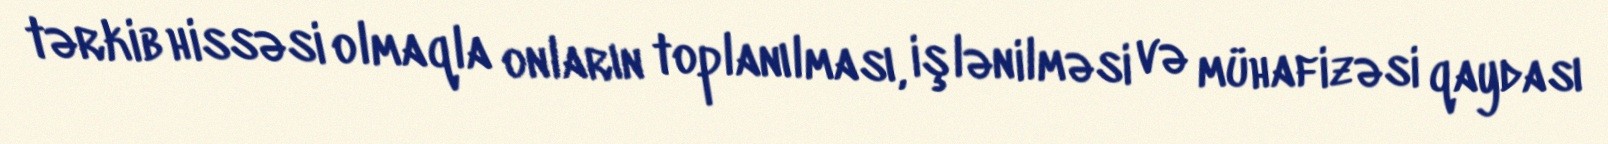
tərkib hissəsi olmaqla onların toplanılması, işlənilməsi və mühafizəsi qaydası